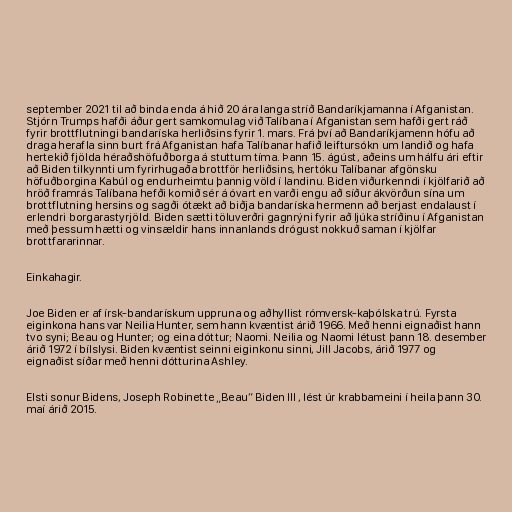
september 2021 til að binda enda á hið 20 ára langa stríð Bandaríkjamanna í Afganistan.
Stjórn Trumps hafði áður gert samkomulag við Talíbana í Afganistan sem hafði gert ráð
fyrir brottflutningi bandaríska herliðsins fyrir 1. mars. Frá því að Bandaríkjamenn hófu að
draga herafla sinn burt frá Afganistan hafa Talíbanar hafið leiftursókn um landið og hafa
hertekið fjölda héraðshöfuðborga á stuttum tíma. Þann 15. ágúst, aðeins um hálfu ári eftir
að Biden tilkynnti um fyrirhugaða brottför herliðsins, hertóku Talíbanar afgönsku
höfuðborgina Kabúl og endurheimtu þannig völd í landinu. Biden viðurkenndi í kjölfarið að
hröð framrás Talíbana hefði komið sér á óvart en varði engu að síður ákvörðun sína um
brottflutning hersins og sagði ótækt að biðja bandaríska hermenn að berjast endalaust í
erlendri borgarastyrjöld. Biden sætti töluverðri gagnrýni fyrir að ljúka stríðinu í Afganistan
með þessum hætti og vinsældir hans innanlands drógust nokkuð saman í kjölfar
brottfararinnar.

Einkahagir.

Joe Biden er af írsk-bandarískum uppruna og aðhyllist rómversk-kaþólska trú. Fyrsta
eiginkona hans var Neilia Hunter, sem hann kvæntist árið 1966. Með henni eignaðist hann
tvo syni; Beau og Hunter; og eina dóttur; Naomi. Neilia og Naomi létust þann 18. desember
árið 1972 í bílslysi. Biden kvæntist seinni eiginkonu sinni, Jill Jacobs, árið 1977 og
eignaðist síðar með henni dótturina Ashley.

Elsti sonur Bidens, Joseph Robinette „Beau“ Biden III , lést úr krabbameini í heila þann 30.
maí árið 2015.